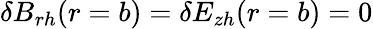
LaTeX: \delta B_{rh}(r=b)=\delta E_{zh}(r=b)=0